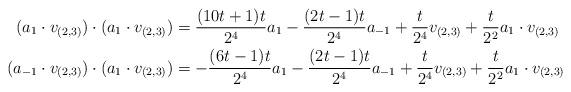
LaTeX: \begin{align*}(a_1 \cdot v_{(2,3)}) \cdot (a_1 \cdot v_{(2,3)}) &= \frac{(10t + 1)t}{2^4}a_1 - \frac{(2t - 1)t}{2^4}a_{-1} + \frac{t}{2^4}v_{(2,3)} + \frac{t}{2^2}a_1 \cdot v_{(2,3)} \\(a_{-1} \cdot v_{(2,3)}) \cdot (a_1 \cdot v_{(2,3)}) &= -\frac{(6t - 1)t}{2^4}a_1 - \frac{(2t - 1)t}{2^4}a_{-1} + \frac{t}{2^4}v_{(2,3)} + \frac{t}{2^2}a_1 \cdot v_{(2,3)}\end{align*}